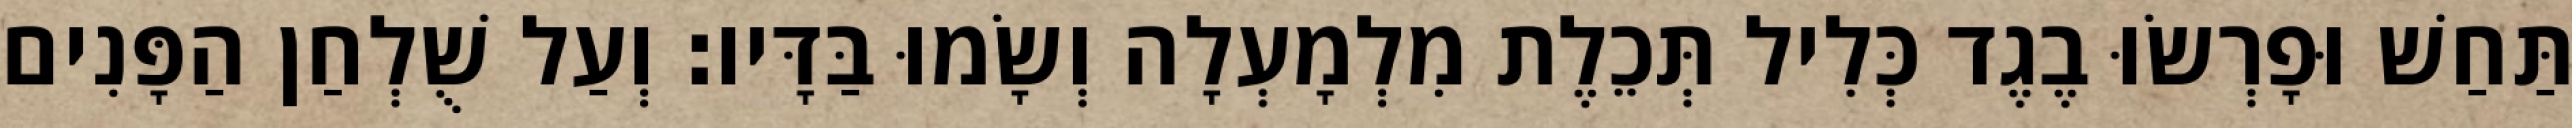
תַּחַשׁ וּפָרְשׂוּ בֶגֶד כְּלִיל תְּכֵלֶת מִלְמָעְלָה וְשָׂמוּ בַּדָּיו׃ וְעַל שֻׁלְחַן הַפָּנִים